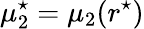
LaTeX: \mu_{2}^{\star}=\mu_{2}(r^{\star})